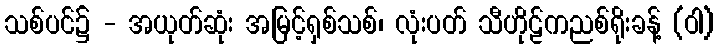
သစ်ပင်၌ - အယုတ်ဆုံး အမြင့်ရှစ်သစ်၊ လုံးပတ် သီဟိုဠ်ကညစ်ရိုးခန့် (ဝါ)